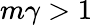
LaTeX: m\gamma>1